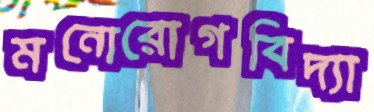
মনোরোগবিদ্যা